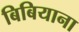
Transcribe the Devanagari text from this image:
बिबियाना